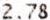
2.78